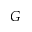
G